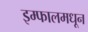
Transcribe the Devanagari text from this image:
इम्फालमधून